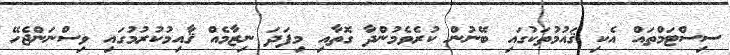
ސިސްޓަމްތައް އެކި ޤައުމުތަކުގައި ބޭނުން ކުރެވެމުންދާ ގޮތާއި މިފަދަ ނިޒާމެއް ޤާއިމުކުރުމުގައި ވިސްނަންޖެހޭ